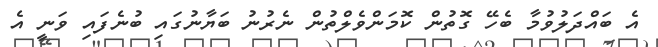
އެ ބައްދަލުވުމާ ބެހޭ ގޮތުން ކޮމަންވެލްތުން ނެރުނު ބަޔާނުގައި ބުނެފައި ވަނީ އެ